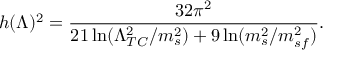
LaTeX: h ( \Lambda ) ^ { 2 } = { \frac { 3 2 \pi ^ { 2 } } { 2 1 \ln ( \Lambda _ { T C } ^ { 2 } / m _ { s } ^ { 2 } ) + 9 \ln ( m _ { s } ^ { 2 } / m _ { s f } ^ { 2 } ) } } .